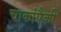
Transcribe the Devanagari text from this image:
चाकांपैकी